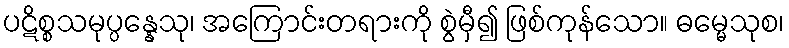
ပဋိစ္စသမုပ္ပန္နေသု၊ အကြောင်းတရားကို စွဲမှီ၍ ဖြစ်ကုန်သော။ ဓမ္မေသုစ၊